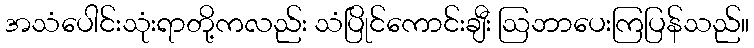
အသံပေါင်းသုံးရာတို့ကလည်း သံပြိုင်ကောင်းချီး ဩဘာပေးကြပြန်သည်။